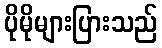
ပိုမိုများပြားသည်